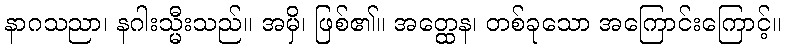
နာဂသညာ၊ နဂါးသ္မီးသည်။ အမှိ၊ ဖြစ်၏။ အတ္ထေန၊ တစ်ခုသော အကြောင်းကြောင့်။